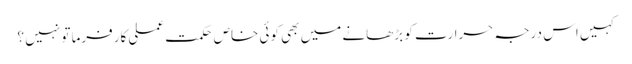
کہیں اس درجہ حرارت کو بڑھانے میں بھی کوئی خاص حکمت عملی کارفرما تو نہیں ؟